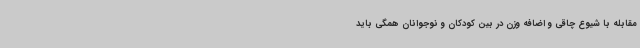
مقابله با شیوع چاقی و اضافه وزن در بین کودکان و نوجوانان همگی باید